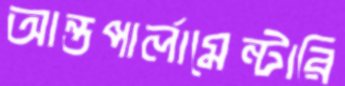
আন্তপার্লামেন্টারি